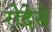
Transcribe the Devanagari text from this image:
रोदेसे